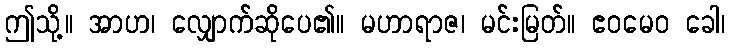
ဤသို့။ အာဟ၊ လျှောက်ဆိုပေ၏။ မဟာရာဇ၊ မင်းမြတ်။ ဧဝမေဝ ခေါ၊